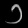
Digit: ၁